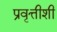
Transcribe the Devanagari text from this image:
प्रवृत्तीशी